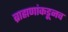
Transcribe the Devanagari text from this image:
ब्राह्मणांकडूनच